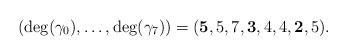
LaTeX: \begin{align*} (\deg(\gamma_0), \dots, \deg(\gamma_7)) = (\boldsymbol 5,5,7, \boldsymbol 3,4,4, \boldsymbol 2,5). \end{align*}